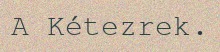
A Kétezrek.